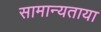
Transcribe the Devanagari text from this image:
सामान्यताया